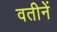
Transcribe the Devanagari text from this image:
वतीनें